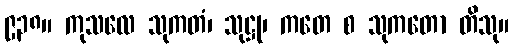
၉၃၈။ ကုသလေ သုကတံ၊ သုဋ္ဌု၊ ကတေ စ သုကတော တိသု။